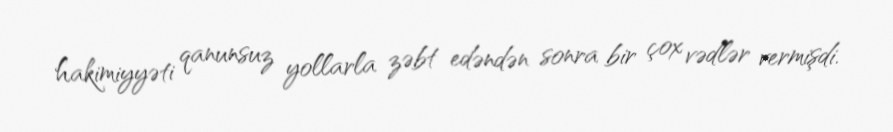
hakimiyyəti qanunsuz yollarla zəbt edəndən sonra bir çox vədlər vermişdi.